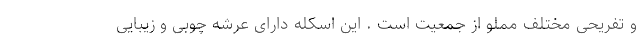
و تفریحی مختلف مملو از جمعیت است . این اسکله دارای عرشه‌ چوبی و زیبایی